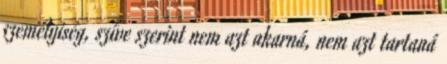
személyiség, szíve szerint nem azt akarná, nem azt tartaná